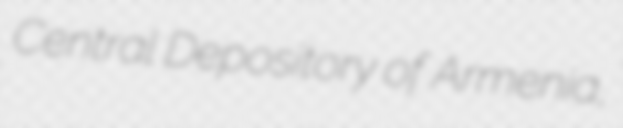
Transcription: Central Depository of Armenia,